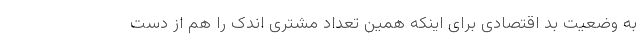
به وضعیت بد اقتصادی برای اینکه همین تعداد مشتری اندک را هم از دست